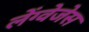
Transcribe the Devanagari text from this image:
लेंग्वेजेस